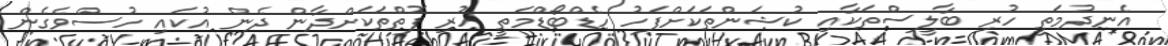
އެނދުމަތީ ހުރި ބާލީސްތަކާއި ކުޝަންތަކަށްފަހު ހެޑްބޯޑްމަތީ ހުރި ފޮތްތަކަށްދާން ދެން އުކައި ހުސްވެގެން